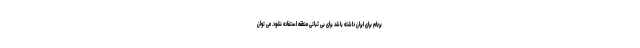
برجام برای ایران داشته باشد برای بی ثباتی منطقه استفاده نشود. می توان